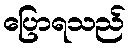
ပြောရသည်